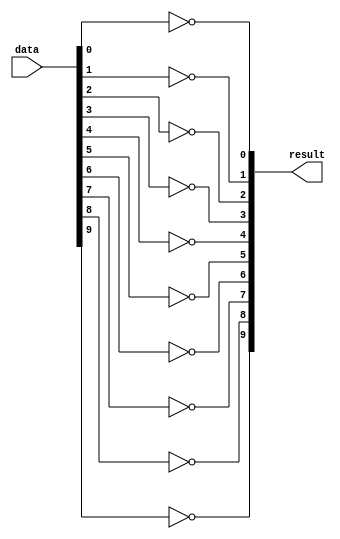
// Copyright (C) 1991-2009 Altera Corporation
// Your use of Altera Corporation's design tools, logic functions 
// and other software and tools, and its AMPP partner logic 
// functions, and any output files from any of the foregoing 
// (including device programming or simulation files), and any 
// associated documentation or information are expressly subject 
// to the terms and conditions of the Altera Program License 
// Subscription Agreement, Altera MegaCore Function License 
// Agreement, or other applicable license agreement, including, 
// without limitation, that your use is for the sole purpose of 
// programming logic devices manufactured by Altera and sold by 
// Altera or its authorized distributors.  Please refer to the 
// applicable agreement for further details.

// VENDOR "Altera"
// PROGRAM "Quartus II"
// VERSION "Version 9.1 Build 222 10/21/2009 SJ Web Edition"

// DATE "11/20/2023 02:15:43"

// 
// Device: Altera EP2S15F484C3 Package FBGA484
// 

// 
// This greybox netlist file is for third party Synthesis Tools
// for timing and resource estimation only.
// 


module lpm_inv0 (
	data,
	result)/* synthesis synthesis_greybox=0 */;
input 	[9:0] data;
output 	[9:0] result;

wire gnd;
wire vcc;
wire unknown;

assign gnd = 1'b0;
assign vcc = 1'b1;
// unknown value (1'bx) is not needed for this tool. Default to 1'b0
assign unknown = 1'b0;



assign result[0] = ~ data[0];

assign result[1] = ~ data[1];

assign result[2] = ~ data[2];

assign result[3] = ~ data[3];

assign result[4] = ~ data[4];

assign result[5] = ~ data[5];

assign result[6] = ~ data[6];

assign result[7] = ~ data[7];

assign result[8] = ~ data[8];

assign result[9] = ~ data[9];

endmodule